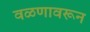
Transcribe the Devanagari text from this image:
वळणावरून